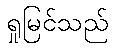
ရှုမြင်သည်